King Institute of Preventive Medicine Micro-Biological Section reports 1909-11
Year: 1909
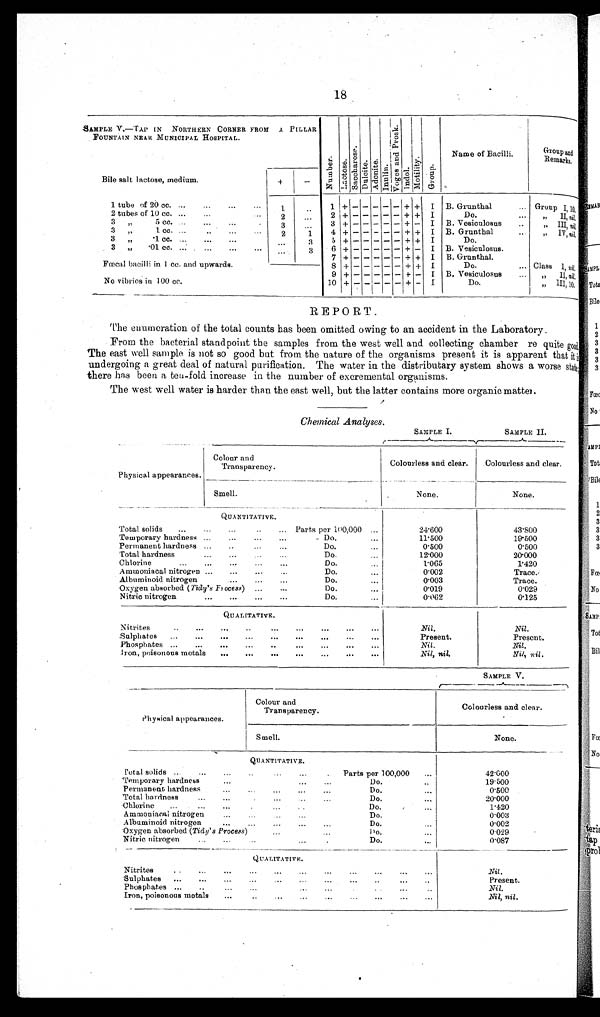
18
SAMPLE V.—TAP IN NORTHERN CORNER FROM A PILLAR
FOUNTAIN NEAR MUNICIPAL HOSPITAL.
N u m b e r .
L a c t o s e .
S a c c h a r o s e . D u l c i t e . A d o n i t e .
I n u l i n .
V o g e s a n d P r o s k .
I n d o l .
M o t i l i t y .
G r o u p .
Name of Bacilli.
Group and
Remarks.
Bile salt lactose, medium.
+
-
1 tube of 20 cc
... ... ... ...
1
... 1 + - - - - - + +
I B. Grunthal... Group 1,10,
2 tubes of 10 cc.
... ... ... ...
2
...
2 + - - - - - + + I
Do.
...
,, II,nil.
3 ,, 5 cc.
...
. . .
. . . . . .
. . . ... 3
. . .
. . .
3 + - - - - - + - I B. Vesiculosus
...
,, I I I , n i l . n i l .
3 „
1 cc. . . .
. . .
. . . ... 2
1
4 + - - - - - + + I B. Grunthal
...
,, IV,nil.
3 , , 1 . c c
... ... ... ......
3
5 + - - - - - + + I
Do.
3 „
.01 cc. . . .
... ...
...
...
3
6 + - - - - - + - I B. Vesiculosus.
7 + - - - - - + + I B. Grunthal.
Fœcal bacilli in 1 cc. and upwards.
8 +- - - - - + + I
Do.
... Class I, nil.
9 + - - - - - + - I B. Vesiculosus
... ,, II,nil.
No vibrios in 100 cc.
10 +
- - - - - + - I
Do.
,, III,10.
REPORT.
The enumeration of the total counts has been omitted owing to an accident in the Laboratory.
From the bacterial standpoint the samples from the west well and collecting chamber requite good.
The east well sample is not so good but from the nature of the organisms present it is apparent that it
undergoing a great deal of natural purification. The water in the distributary system shows a worse state
there has been a ten-fold increase in the number of excremental organisms.
The west well water is harder than the east well, but the latter contains more organic matte.
Chemical Analyses.
SAMPLE I.
SAMPLE II.
Physical appearances.
Colour and
Transparency.
Colourless and clear.
Colourless and clear.
Smell.
None.
None.
QUANTITATIVE.
Total solids
...
...
. . .
...
. . . Parts per 100,000 ...
24.600
43.800
Temporary hardness ...
...
...
...
Do.
...
11.500
19.500
Permanent hardness ...
...
...
...
Do.
...
0.500
0.500
Total hardness
...
...
...
...
Do.
...
12.000
20.000
Chlorine
...
...
. . .
...
...
Do.
1.065
1.420
A mmoniacal nitrogen ...
...
...
. . .
Do.
...
0.002
Trace.
Albuminoid nitrogen
...
. . .
...
Do.
...
0.003
Trace.
Oxygen absorbed (Tidy's Frocess)
...
. . .
Do.
...
0.019
0.029
Nitric nitrogen
...*
. . .
...
. . .
Do.
0.062
0.125
QUALITATIVE.
N itrites
..
...
...
..
. . .
. . .
. . .
. . .
. . .
Nil.
Nil.
Sulphates
. . .
. . .
. . .
. . .
. . .
. . .
. . .
. . .
Present.
Present.
Phosphates ...
...
...
. . .
. . .
. . .
. . .
. . .
. . .
Nil.
Nil.
Iron, poisonous metals
. . .
...
...
...
. . .
...
. . .
Nil, nil.
Nil, nil.
SAMPLE V.
Physical appearances.
Colour and
Transparency.
Colourless and clear.
Smell.
None.
QUANTITATIVE.
Total solids ...
...
...
. . .
. . .
...
. . .
Parts per 100,000
...
42.000
'Temporary hardness
...
...
. . .
...
...
Do.
..
19.500
Permanent hardness
..
...
. . .
...
...
Do.
...
0.500
-Total hardness
...
...
. . .
...
. . .
...
Do.
...
20.000
Chlorine
...
...
...
. . . ...
..
. . .
Do.
...
1.420
Ammoniacal nitrogen
...
...
. . .
. . .
. . .
Do.
. . .
0.003
Albuminoid nitroge
...
...
...
...
...
D o .
...
0 . 0 0 2
'Oxygen absorbed (Tidy's Process)
. . .
. . .
. . .
Do.
...
0.029
Nitric nitrogen
...
..
...
. . .
...
. . .
Do.
...
0.087
QUANTITATIVE.
Nitrites
..
...
...
...
...
...
...
...
... ...
...
Nil.
Sulphates
...
...
...
...
... ... ... ... ...
... ...
P r e s e n t .
Phosphates ...
..
...
...
... ... ... ... ... ...
Nil.
Iron, poisonous metals
...
..
... ...
...
...
...
...
...
Nil, nil.